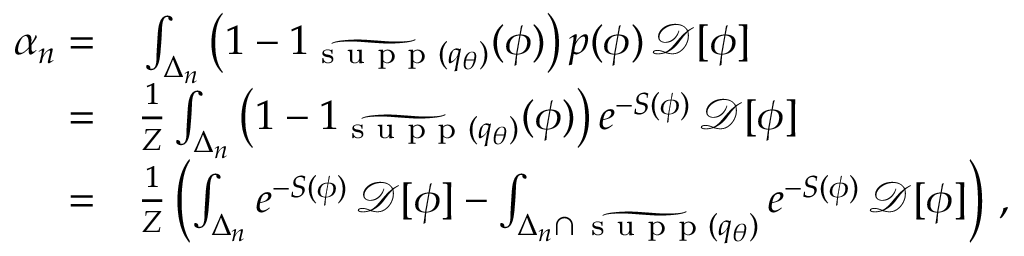
\begin{array} { r l } { \alpha _ { n } = } & { { } \int _ { \Delta _ { n } } \left( 1 - 1 _ { \widetilde { \textrm { s u p p } } ( { q } _ { \theta } ) } ( \phi ) \right) p ( \phi ) \, \mathcal { D } [ \phi ] } \\ { = } & { { } \frac { 1 } { Z } \int _ { \Delta _ { n } } \left( 1 - 1 _ { \widetilde { \textrm { s u p p } } ( { q } _ { \theta } ) } ( \phi ) \right) e ^ { - S ( \phi ) } \, \mathcal { D } [ \phi ] } \\ { = } & { { } \frac { 1 } { Z } \left( \int _ { \Delta _ { n } } e ^ { - S ( \phi ) } \, \mathcal { D } [ \phi ] - \int _ { { \Delta _ { n } } \cap \, { \widetilde { \textrm { s u p p } } ( { q } _ { \theta } ) } } e ^ { - S ( \phi ) } \, \mathcal { D } [ \phi ] \right) \, , } \end{array}